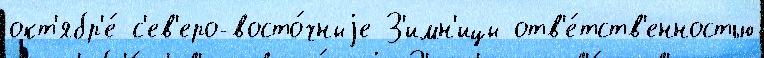
окт'ябр'е́ с'ев'еро-восто́чныjе З'имн'ицы отв'е́тств'енностью